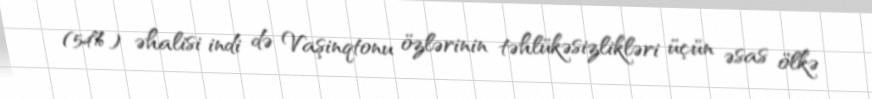
(54%) əhalisi indi də Vaşinqtonu özlərinin təhlükəsizlikləri üçün əsas ölkə